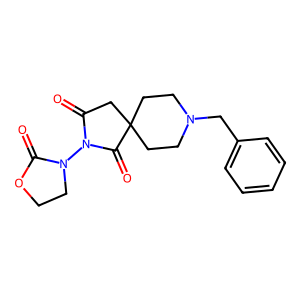
SMILES: O=C1OCCN1N1C(=O)CC2(CCN(Cc3ccccc3)CC2)C1=O
Inhibits HIV replication: No